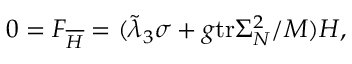
0 = F _ { \overline { { { H } } } } = ( \tilde { \lambda } _ { 3 } \sigma + g \mathrm { t r } \Sigma _ { N } ^ { 2 } / M ) H ,